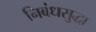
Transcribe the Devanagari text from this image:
निबंधसुद्धा